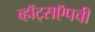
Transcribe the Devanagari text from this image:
व्हॉट्सऍपची